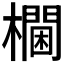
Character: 𰙀